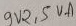
Text: 9V2,5VA